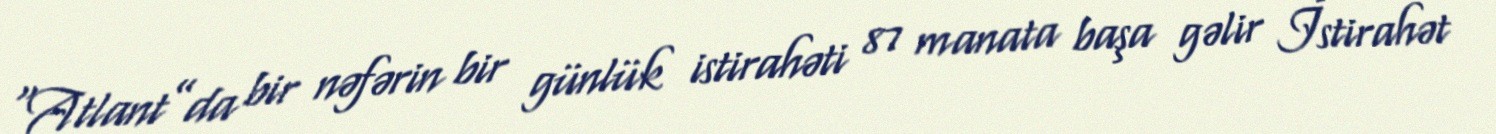
“Atlant”da bir nəfərin bir günlük istirahəti 87 manata başa gəlir İstirahət